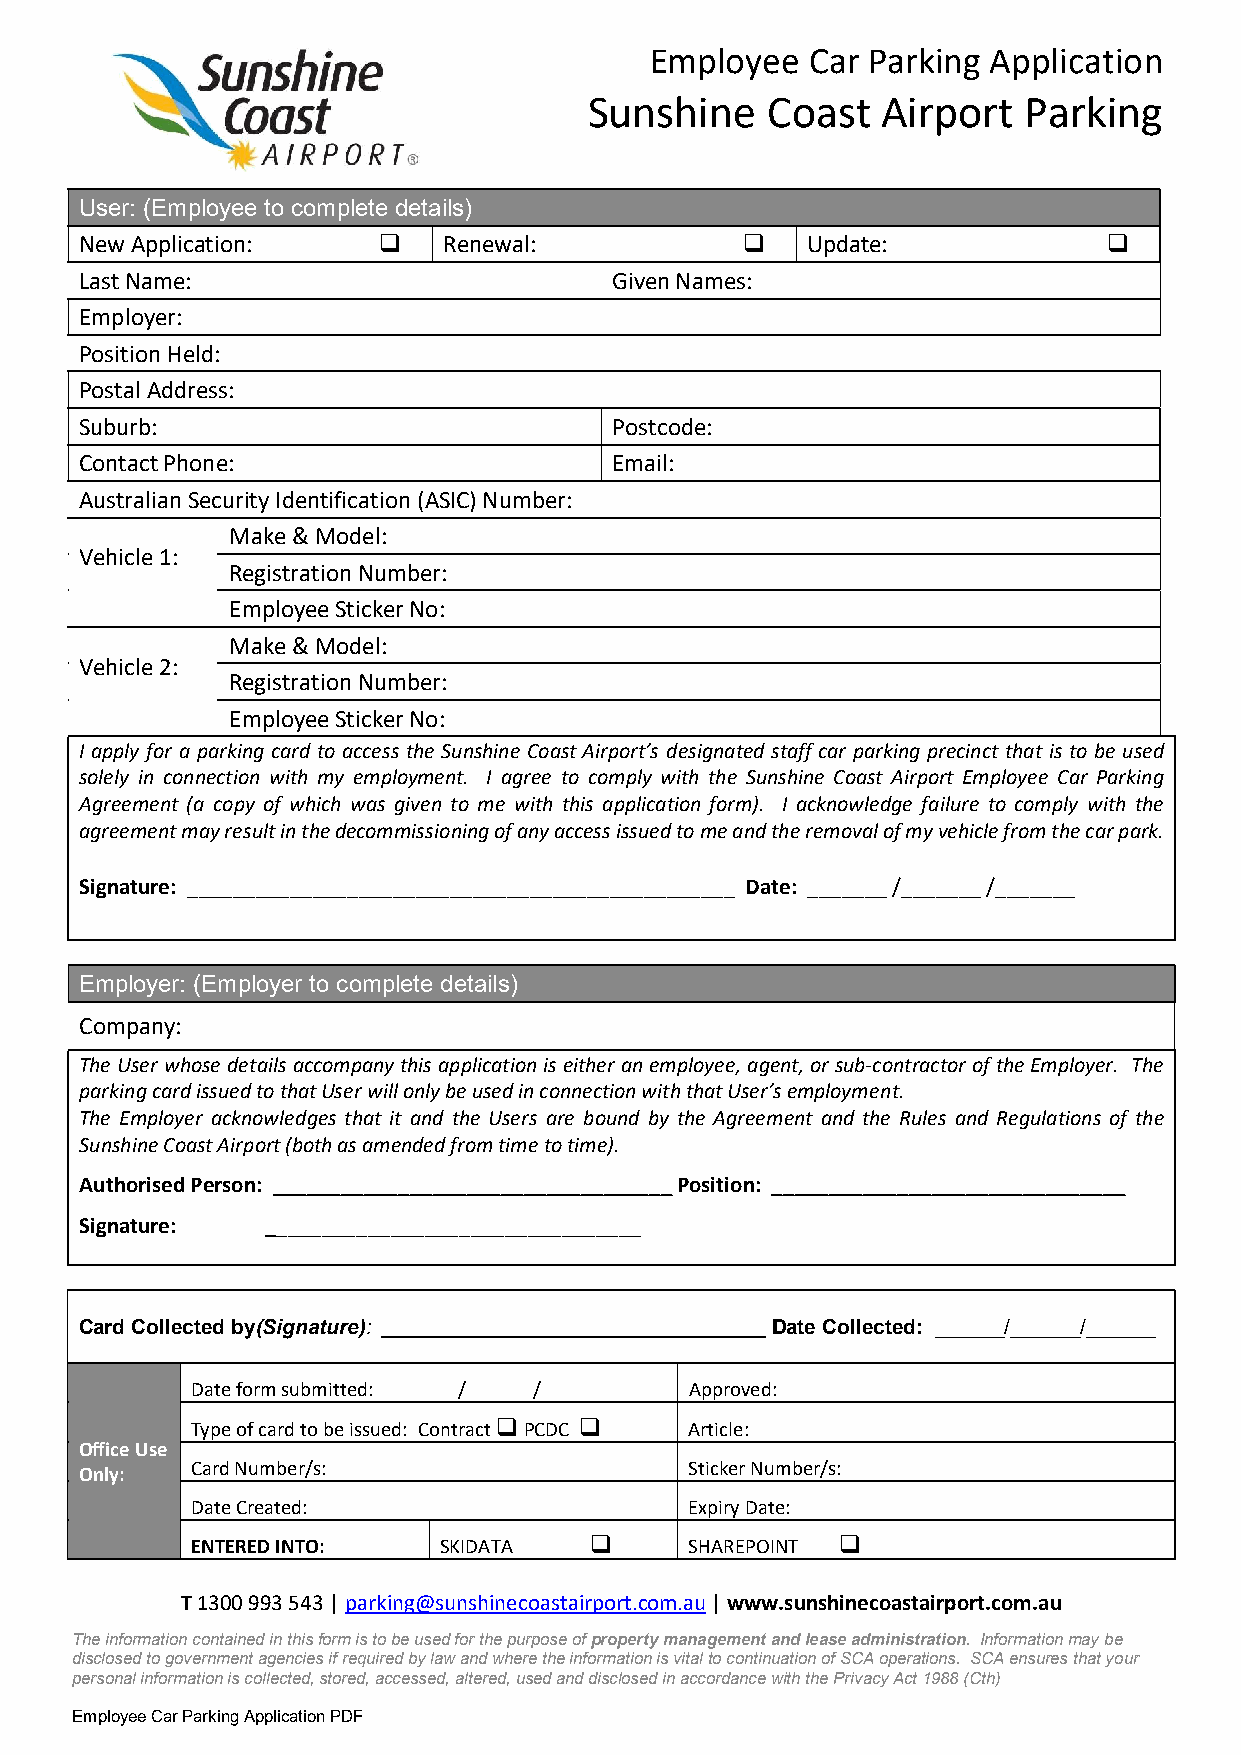
Employee   Car Parking Application
 Sunshine    Coast  Airport   Parking
 User: (Employee to complete details)
 New Application:       Renewal:               Update:             
 Last Name:                          Given Names:
 Employer:
 Position Held:
 Postal Address:
 Suburb:                             Postcode:
 Contact Phone:                      Email:
 Australian Security Identification (ASIC) Number:
 Make & Model:
 Vehicle 1:
 Registration Number:
 Employee Sticker No:
 Make & Model:
 Vehicle 2:
 Registration Number:
 Employee Sticker No:
 I apply for a parking card to access the Sunshine Coast Airport’s designated staff car parking precinct that is to be used
 solely in connection with my employment. I agree to comply with the Sunshine Coast Airport Employee Car Parking
 Agreement (a copy of which was given to me with this application form). I acknowledge failure to comply with the
 agreement may result in the decommissioning of any access issued to me and the removal of my vehicle from the car park.
 Signature: ________________________________________________ Date: _______ /_______ /_______
 Employer: (Employer to complete details)
 Company:
 The User whose details accompany this application is either an employee, agent, or sub-contractor of the Employer. The
 parking card issued to that User will only be used in connection with that User’s employment.
 The Employer acknowledges that it and the Users are bound by the Agreement and the Rules and Regulations of the
 Sunshine Coast Airport (both as amended from time to time).
 Authorised Person: ___________________________________ Position: _______________________________
 Signature:   _________________________________
 Card Collected by(Signature): _________________________________ Date Collected: ______/______/______
 Date form submitted: / /         Approved:
 Type of card to be issued: Contract  PCDC  Article:
 Office Use
 Only:   Card Number/s:                   Sticker Number/s:
 Date Created:                    Expiry Date:
 ENTERED INTO:   SKIDATA         SHAREPOINT 
 T 1300 993 543 | parking@sunshinecoastairport.com.au | www.sunshinecoastairport.com.au
 The information contained in this form is to be used for the purpose of property management and lease administration. Information may be
 disclosed to government agencies if required by law and where the information is vital to continuation of SCA operations. SCA ensures that your
 personal information is collected, stored, accessed, altered, used and disclosed in accordance with the Privacy Act 1988 (Cth)
 Employee Car Parking Application PDF